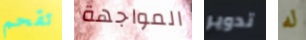
تقحم المواجهة تدوير له